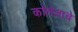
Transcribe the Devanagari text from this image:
कॉलेजाचे